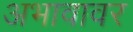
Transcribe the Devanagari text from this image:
अभावावर